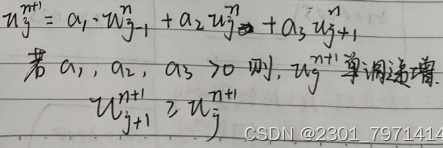
\[u_{j}^{n + 1} = a_1 \cdot u_{j - 1}^{n} + a_2 \cdot u_{j}^{n} + a_3 \cdot u_{j + 1}^{n}\]
若\(a_1, a_2, a_3 > 0\)，则\(u_{j}^{n + 1}\)单调递增。
\[u_{j + 1}^{n + 1} \geq u_{j}^{n + 1}\]
CSDN @2301_79714141